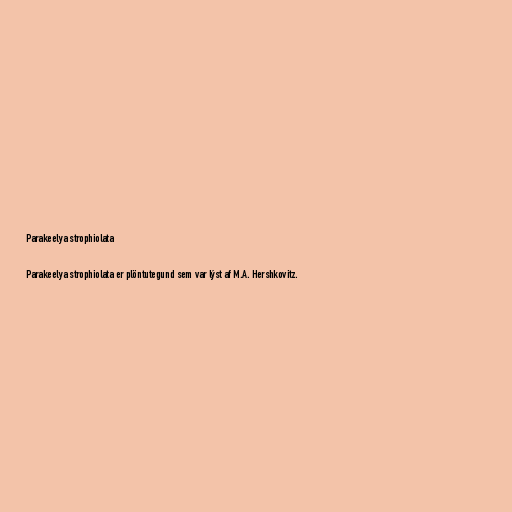
Parakeelya strophiolata

Parakeelya strophiolata er plöntutegund sem var lýst af M.A. Hershkovitz.